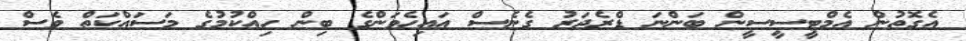
އެގޮތުން އެމްޓީސީސީން ބަންނަ ޑްރެޖަރު ގެނެސް އައިހެވަންގެ ބިން ހިއްކުމުގެ މަސައްކަތް ވެސް